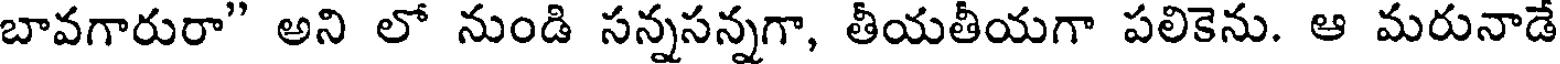
బావగారురా" అని లో నుండి సన్నసన్నగా, తీయతీయగా పలికెను. ఆ మరునాడే